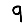
Digit: 9